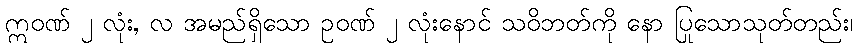
ဣဝဏ် ၂ လုံး, လ အမည်ရှိသော ဥဝဏ် ၂ လုံးနောင် သဝိဘတ်ကို နော ပြုသောသုတ်တည်း၊